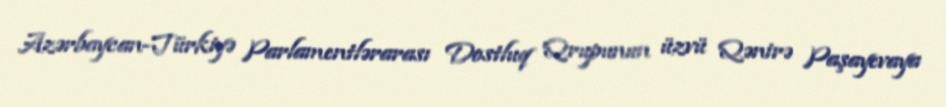
Azərbaycan-Türkiyə Parlamentlərarası Dostluq Qrupunun üzvü Qənirə Paşayevaya